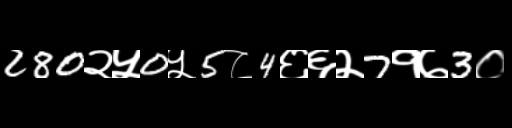
Text: 280२५0५5८4६६२7१७3०